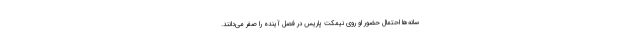
سانه‌ها احتمال حضور او روی نیمکت پاریس در فصل آینده را صفر می‌دانند.